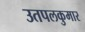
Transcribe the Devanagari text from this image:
उतपलकुमार